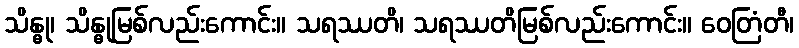
သိန္ဓု၊ သိန္ဓုမြစ်လည်းကောင်း။ သရဿတိ၊ သရဿတိမြစ်လည်းကောင်း။ ဝေတြံတီ၊